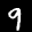
Label: 9